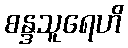
စန္ဒသူရေဟိ